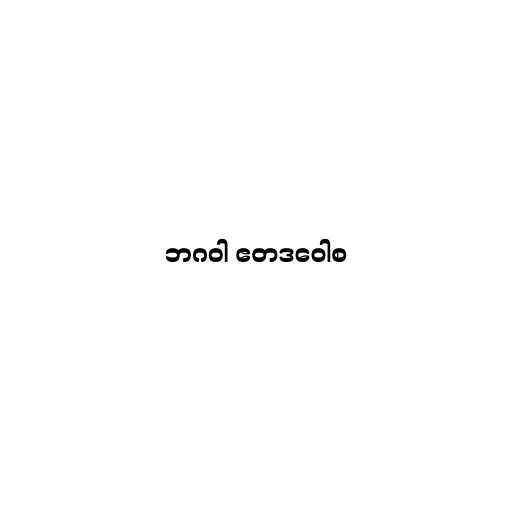
ဘဂဝါ ဧတဒဝေါစ